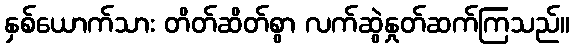
နှစ်ယောက်သား တိတ်ဆိတ်စွာ လက်ဆွဲနှုတ်ဆက်ကြသည်။